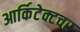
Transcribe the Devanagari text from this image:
आर्किटेक्टचर